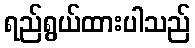
ရည်ရွယ်ထားပါသည်